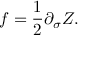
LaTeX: f = \frac { 1 } { 2 } \partial _ { \sigma } Z .